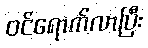
ဝင်ရောက်လာပြီး